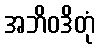
အဘိဝဒိတုံ